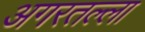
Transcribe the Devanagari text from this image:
अगरतल्ला